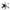
*